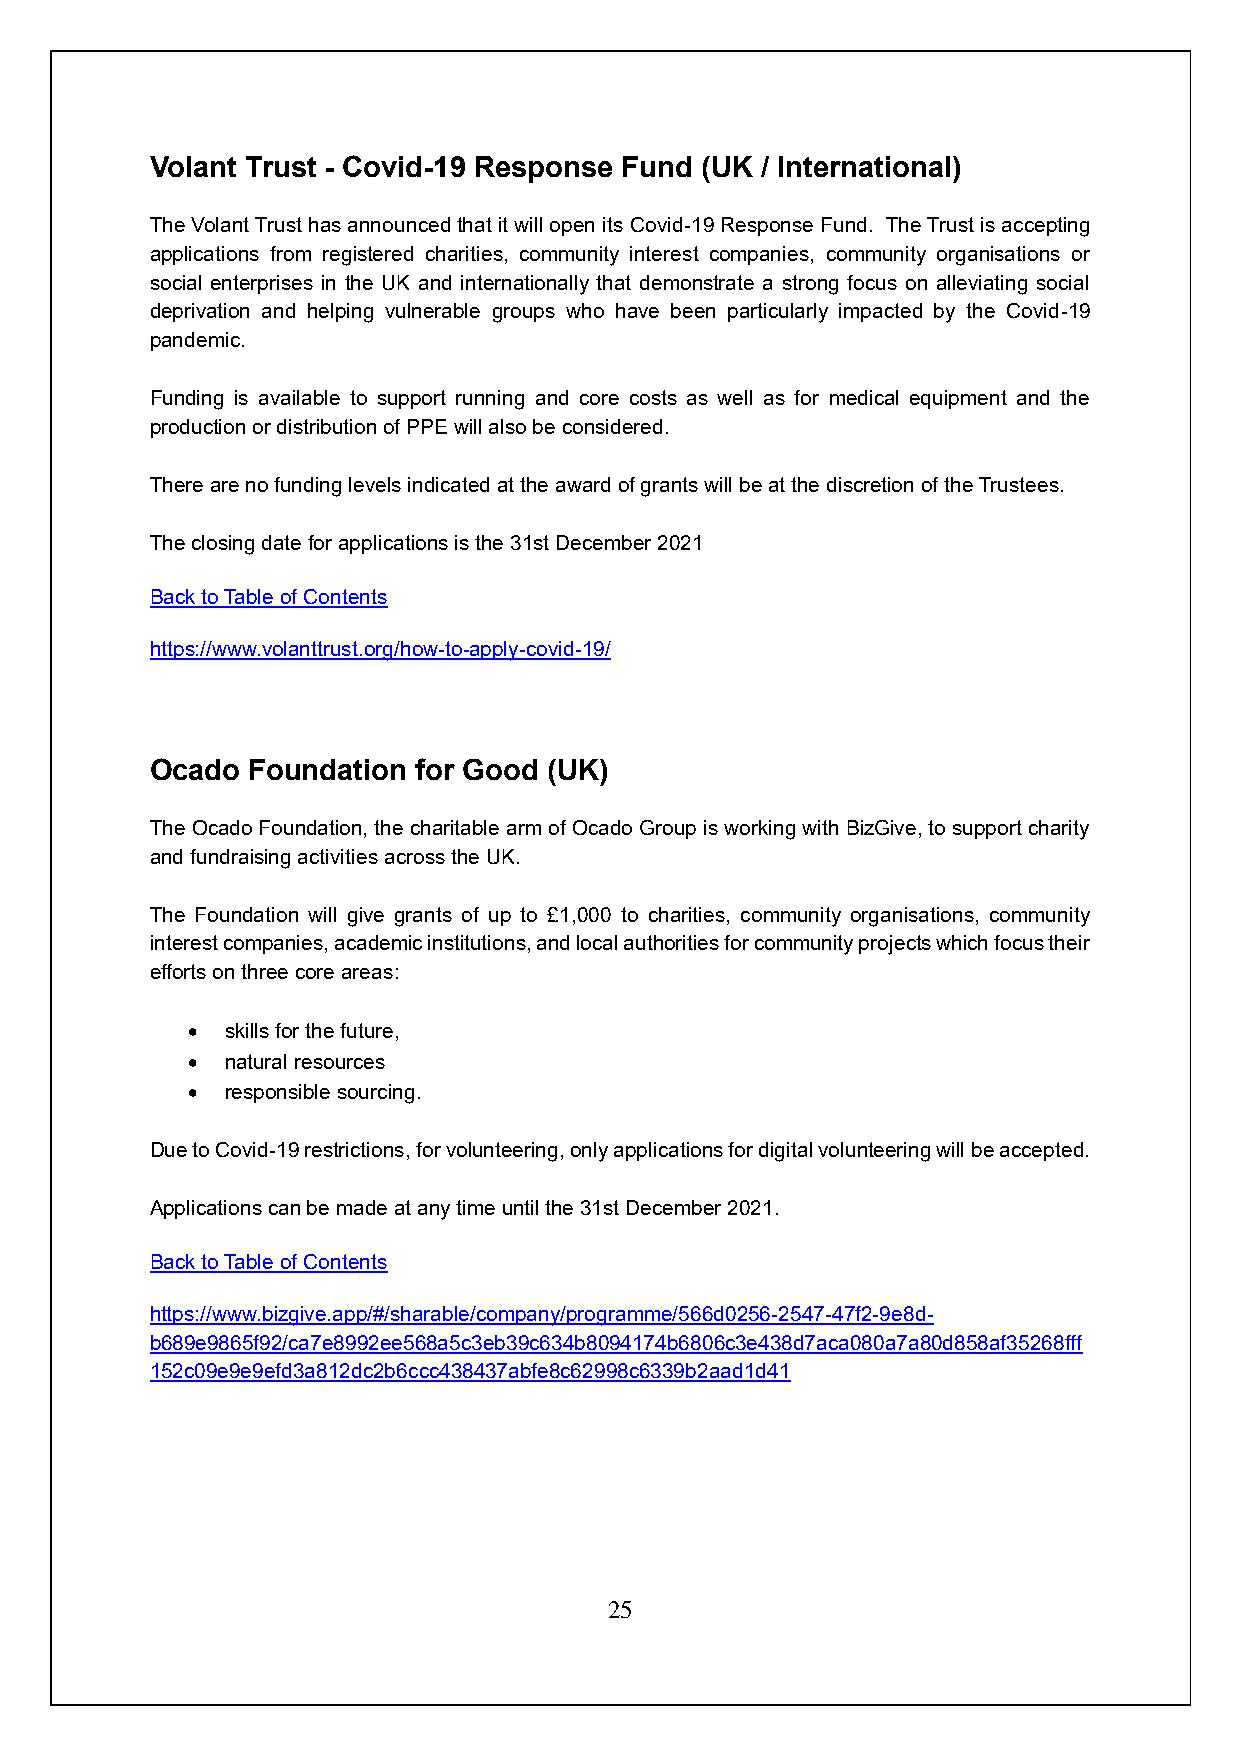
Volant Trust - Covid-19 Response Fund (UK / International)
 The Volant Trust has announced that it will open its Covid-19 Response Fund. The Trust is accepting
 applications from registered charities, community interest companies, community organisations or
 social enterprises in the UK and internationally that demonstrate a strong focus on alleviating social
 deprivation and helping vulnerable groups who have been particularly impacted by the Covid-19
 pandemic.
 Funding is available to support running and core costs as well as for medical equipment and the
 production or distribution of PPE will also be considered.
 There are no funding levels indicated at the award of grants will be at the discretion of the Trustees.
 The closing date for applications is the 31st December 2021
 Back to Table of Contents
 https://www.volanttrust.org/how-to-apply-covid-19/
 Ocado Foundation  for Good (UK)
 The Ocado Foundation, the charitable arm of Ocado Group is working with BizGive, to support charity
 and fundraising activities across the UK.
 The Foundation will give grants of up to £1,000 to charities, community organisations, community
 interest companies, academic institutions, and local authorities for community projects which focus their
 efforts on three core areas:
 •  skills for the future,
 •  natural resources
 •  responsible sourcing.
 Due to Covid-19 restrictions, for volunteering, only applications for digital volunteering will be accepted.
 Applications can be made at any time until the 31st December 2021.
 Back to Table of Contents
 https://www.bizgive.app/#/sharable/company/programme/566d0256-2547-47f2-9e8d-
 b689e9865f92/ca7e8992ee568a5c3eb39c634b8094174b6806c3e438d7aca080a7a80d858af35268fff
 152c09e9e9efd3a812dc2b6ccc438437abfe8c62998c6339b2aad1d41
 25